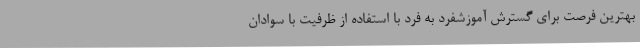
بهترین فرصت برای گسترش آموزشفرد به فرد با استفاده از ظرفیت با سوادان